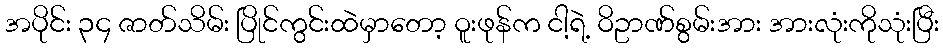
အပိုင်း ၃၄ ဇာတ်သိမ်း ပြိုင်ကွင်းထဲမှာတော့ ဝူးဖုန်က ငါ့ရဲ့ ဝိဥာဏ်စွမ်းအား အားလုံးကိုသုံးပြီး